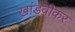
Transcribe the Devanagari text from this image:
खांडवीकर